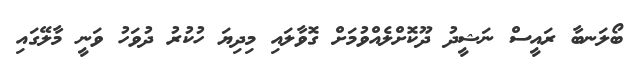
ބޯލަނބާ ރައީސް ނަޝީދު ދޫކޮށްލެއްވުމަށް ގޮވާލައި މިދިޔަ ހުކުރު ދުވަހު ވަނީ މާލޭގައި